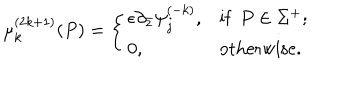
\mu _ { k } ^ { ( 2 k + 1 ) } ( P ) = \left\{ \begin{array} { l l } { { \epsilon \partial _ { \bar { z } } \psi _ { j } ^ { ( - k ) } , } } & { { \mathrm { i f } \; \, P \in \Sigma ^ { + } ; } } \\ { { 0 , } } & { { \mathrm { o t h e r w i s e } . } } \\ \end{array} \right.